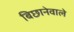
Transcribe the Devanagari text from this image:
बिछानेवाले